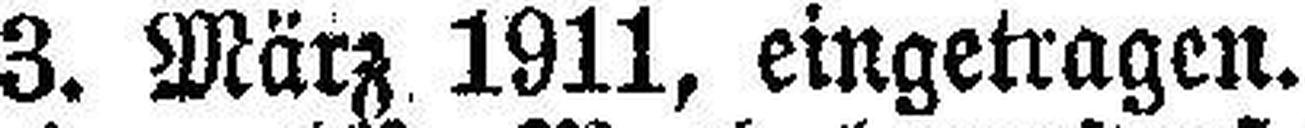
3. März 1911, eingetragen.